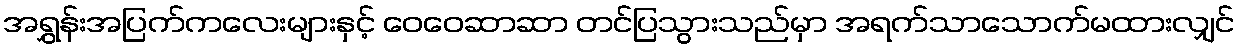
အရွှန်းအပြက်ကလေးများနှင့် ဝေဝေဆာဆာ တင်ပြသွားသည်မှာ အရက်သာသောက်မထားလျှင်